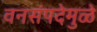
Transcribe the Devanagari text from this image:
वनसंपदेमुळे